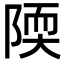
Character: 陾